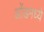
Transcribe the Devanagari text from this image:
ओंडमध्ये